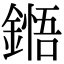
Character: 𮢬